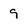
Character: 9